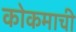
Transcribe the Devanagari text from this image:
कोकमाची